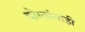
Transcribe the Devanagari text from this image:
दोस्तांनाही